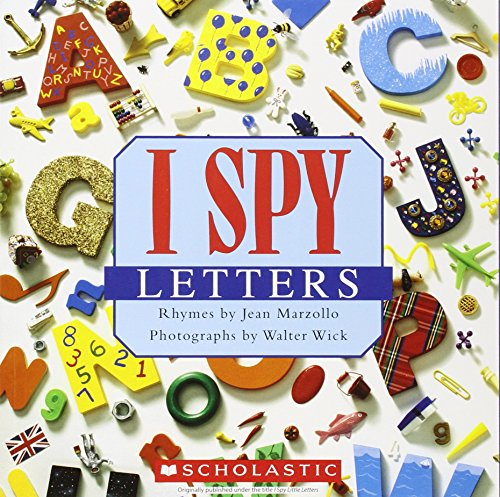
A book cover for I Spy Letters; Jean Marzollo; Children's Books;